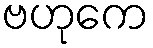
ဗဟုကေ